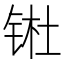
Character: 𬭊